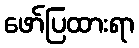
ဖော်ပြထားရာ